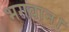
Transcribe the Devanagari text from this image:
भगवान।